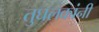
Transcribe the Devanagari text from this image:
तुघलकांनी